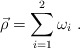
\begin{align*}\vec{\rho}=\sum\limits_{i=1}^2 \omega_i\ .\end{align*}